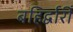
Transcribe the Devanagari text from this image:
बहिर्द्वारीं